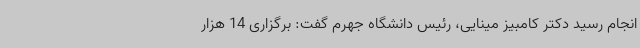
انجام رسید دکتر کامبیز مینایی، رئیس دانشگاه جهرم گفت: برگزاری 14 هزار